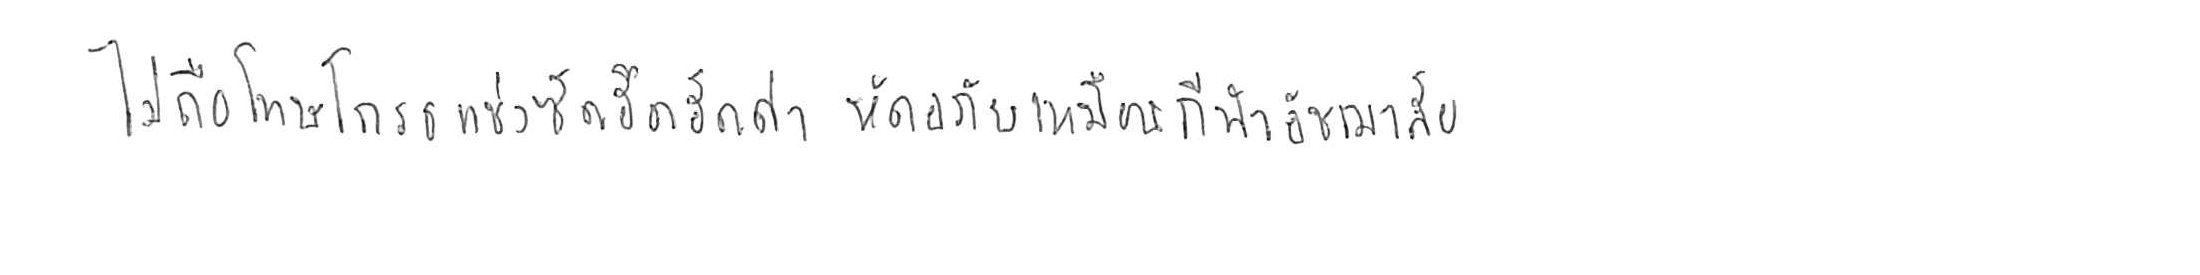
ไม่ถือโทษโกรธแช่งซัดฮึดฮัดด่า หัดอภัยเหมือนกีฬาอัชฌาสัย